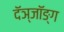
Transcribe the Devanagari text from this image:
दॅञ्जॉङ्ग